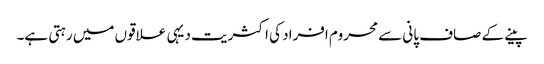
پینے کے صاف پانی سے محروم افراد کی اکثریت دیہی علاقوں میں رہتی ہے۔